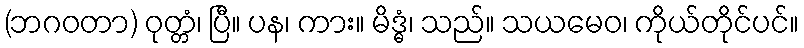
(ဘဂဝတာ) ဝုတ္တံ၊ ပြီ။ ပန၊ ကား။ မိဒ္ဓံ၊ သည်။ သယမေဝ၊ ကိုယ်တိုင်ပင်။